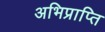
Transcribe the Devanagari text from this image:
अभिप्राप्ति